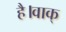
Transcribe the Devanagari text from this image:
है।वाक्